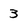
Character: 3